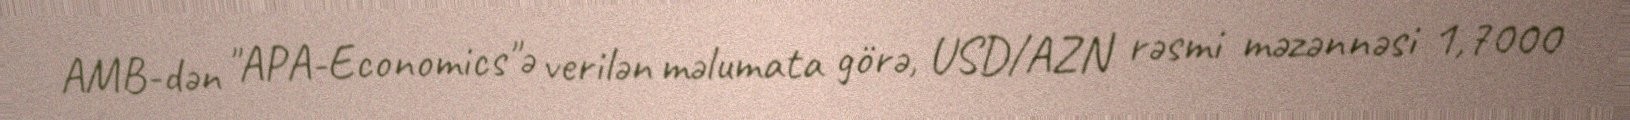
AMB-dən "APA-Economics"ə verilən məlumata görə, USD/AZN rəsmi məzənnəsi 1,7000